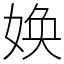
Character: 㛟